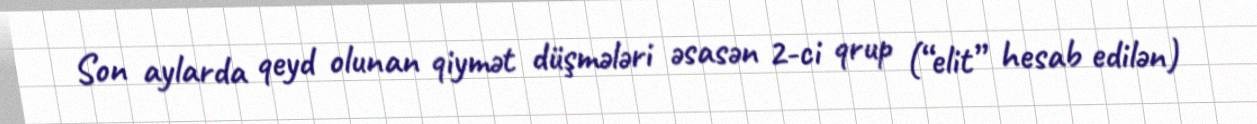
Son aylarda qeyd olunan qiymət düşmələri əsasən 2-ci qrup (“elit” hesab edilən)